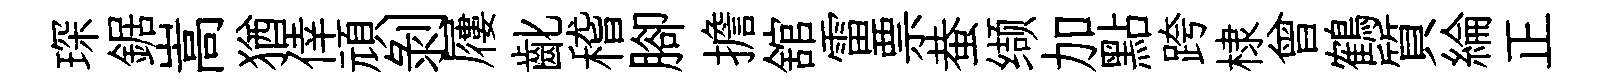
琛鋸嵩猶倖頑剥屨齔稽腳擔舘雷票蛬缬加點跨棣曾鶴質綸正